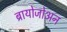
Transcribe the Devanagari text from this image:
ब्रायोजोअन